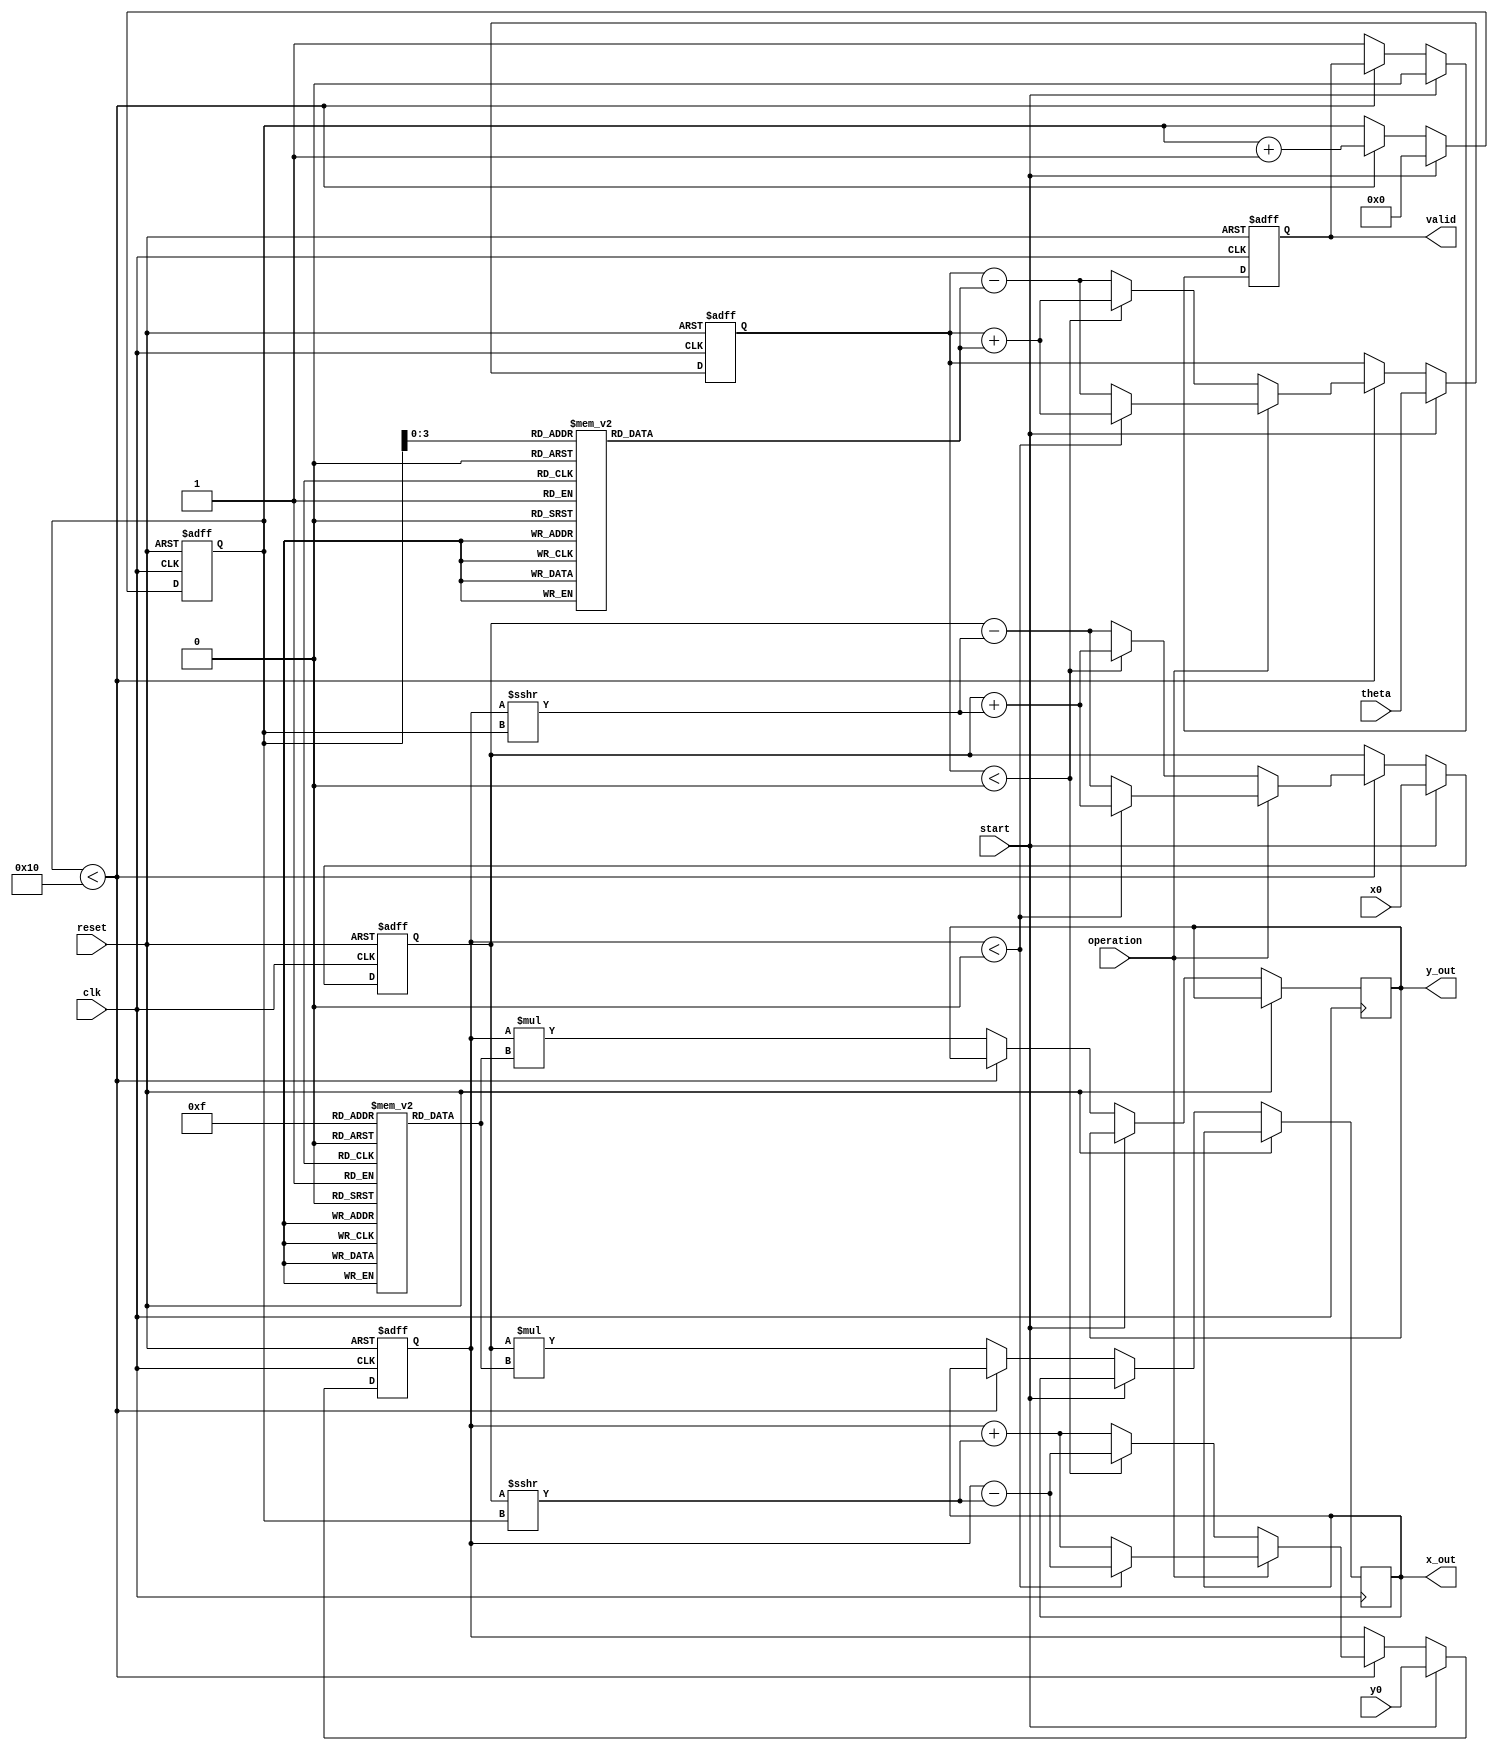
module cordic_arithmetic_block #(
    parameter N = 16, // Number of iterations
    parameter WIDTH = 16 // Bit width for fixed-point representation
)(
    input wire clk,
    input wire reset,
    input wire start,
    input wire [WIDTH-1:0] theta, // Angle input
    input wire [WIDTH-1:0] x0,     // Initial x vector
    input wire [WIDTH-1:0] y0,     // Initial y vector
    input wire operation,           // 0 for rotation, 1 for vectoring
    output reg [WIDTH-1:0] x_out,
    output reg [WIDTH-1:0] y_out,
    output reg valid               // Output valid signal
);

    // State registers
    reg [WIDTH-1:0] x_reg, y_reg;
    reg [WIDTH-1:0] theta_reg;
    reg [4:0] n; // Iteration index

    // Lookup tables for arctangent and gain
    reg [WIDTH-1:0] atan_lut [0:N-1];
    reg [WIDTH-1:0] gain_lut [0:N-1];

    // Initialize lookup tables
    initial begin
        // Fill in the LUTs with precomputed values
        // Example values; should be replaced with actual CORDIC values
        atan_lut[0] = 16'h2000; // atan(2^-0)
        atan_lut[1] = 16'h1000; // atan(2^-1)
        atan_lut[2] = 16'h0800; // atan(2^-2)
        // ... continue filling for all N iterations

        gain_lut[0] = 16'h4000; // Gain for iteration 0
        gain_lut[1] = 16'h3000; // Gain for iteration 1
        gain_lut[2] = 16'h2000; // Gain for iteration 2
        // ... continue filling for all N iterations
    end

    // Control logic
    always @(posedge clk or posedge reset) begin
        if (reset) begin
            x_reg <= 0;
            y_reg <= 0;
            theta_reg <= 0;
            n <= 0;
            valid <= 0;
        end else if (start) begin
            // Load initial values
            x_reg <= x0;
            y_reg <= y0;
            theta_reg <= theta;
            n <= 0;
            valid <= 0;
        end else if (n < N) begin
            // CORDIC iteration
            if (operation == 0) begin // Rotation
                if (theta_reg < 0) begin
                    x_reg <= x_reg + (y_reg >>> n);
                    y_reg <= y_reg - (x_reg >>> n);
                    theta_reg <= theta_reg + atan_lut[n];
                end else begin
                    x_reg <= x_reg - (y_reg >>> n);
                    y_reg <= y_reg + (x_reg >>> n);
                    theta_reg <= theta_reg - atan_lut[n];
                end
            end else begin // Vectoring
                if (y_reg < 0) begin
                    x_reg <= x_reg + (y_reg >>> n);
                    y_reg <= y_reg - (x_reg >>> n);
                    theta_reg <= theta_reg + atan_lut[n];
                end else begin
                    x_reg <= x_reg - (y_reg >>> n);
                    y_reg <= y_reg + (x_reg >>> n);
                    theta_reg <= theta_reg - atan_lut[n];
                end
            end
            n <= n + 1;
        end else begin
            // Final output
            x_out <= x_reg * gain_lut[N-1]; // Scale output
            y_out <= y_reg * gain_lut[N-1]; // Scale output
            valid <= 1; // Indicate valid output
        end
    end

endmodule